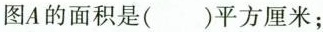
图A的面积是( )平方厘米；